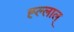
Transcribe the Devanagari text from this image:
ह्ल्लाल्